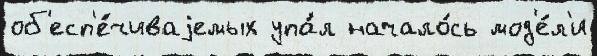
об'есп'е́чиваjемых упа́л начало́сь мод'е́л'и